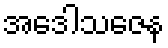
အဒေါသဇေန